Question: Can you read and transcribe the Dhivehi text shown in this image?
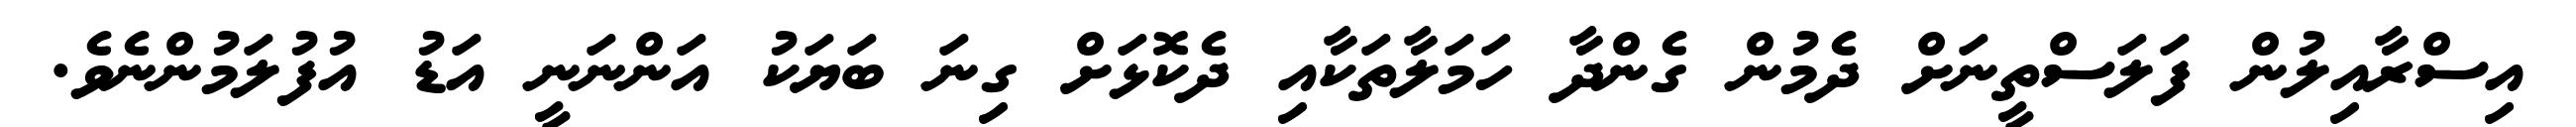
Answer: އިސްރާއިލުން ފަލަސްތީނަށް ދެމުން ގެންދާ ހަމަލާތަކާއި ދެކޮޅަށް ގިނަ ބަޔަކު އަންނަނީ އަޑު އުފުލަމުންނެވެ.